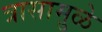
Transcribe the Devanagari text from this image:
त्रासामु़ळे